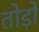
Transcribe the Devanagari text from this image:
तोड़ों